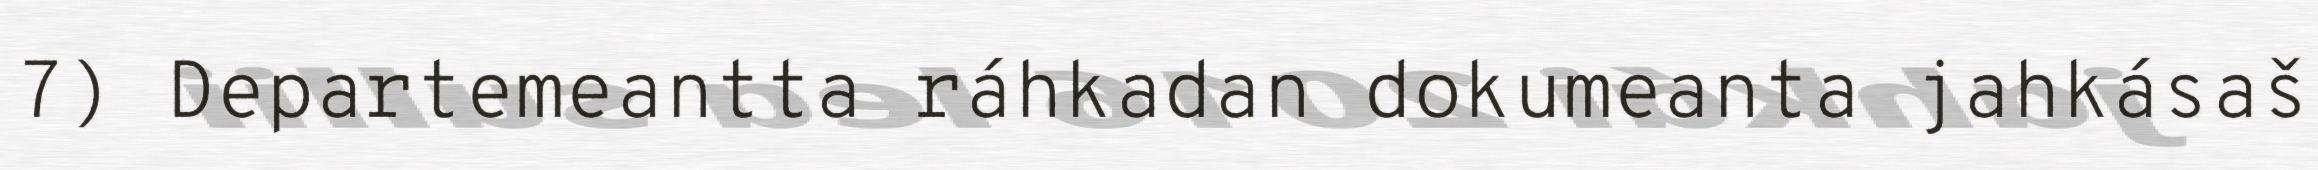
7) Departemeantta ráhkadan dokumeanta jahkásaš